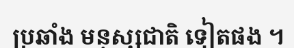
ប្រឆាំង មនុស្សជាតិ ទៀតផង ។